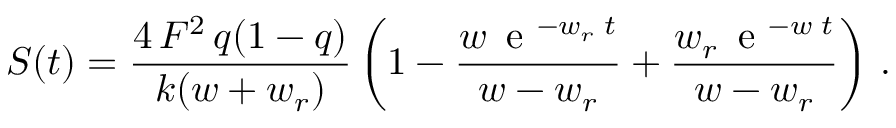
{ \cal S } ( t ) = \frac { 4 ~ \! { \cal F } ^ { 2 } ~ \! q ( 1 - q ) } { k ( w + w _ { r } ) } \left( 1 - \frac { w ~ \! \mathrm { ~ e ~ } ^ { - w _ { r } ~ \! t } } { w - w _ { r } } + \frac { w _ { r } ~ \! \mathrm { ~ e ~ } ^ { - w ~ \! t } } { w - w _ { r } } \right) \, .